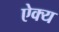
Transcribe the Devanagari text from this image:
ऐक्‍य